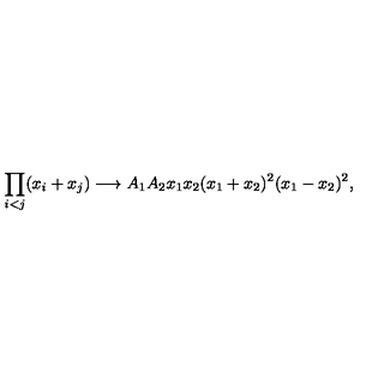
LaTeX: \prod _ { i < j } ( x _ { i } + x _ { j } ) \longrightarrow A _ { 1 } A _ { 2 } x _ { 1 } x _ { 2 } ( x _ { 1 } + x _ { 2 } ) ^ { 2 } ( x _ { 1 } - x _ { 2 } ) ^ { 2 } ,